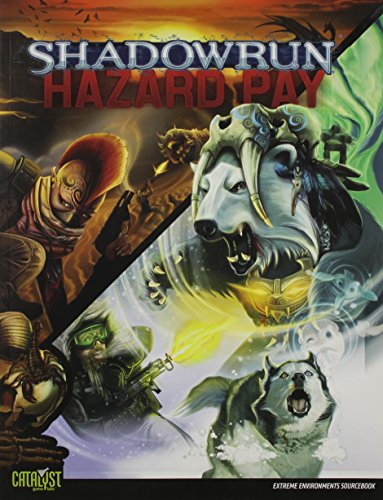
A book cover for Shadowrun Hazard Pay Deep Shadows; Catalyst Game Labs; Science Fiction & Fantasy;